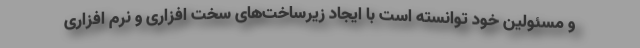
و مسئولین خود توانسته است با ایجاد زیرساخت‌های سخت افزاری و نرم افزاری